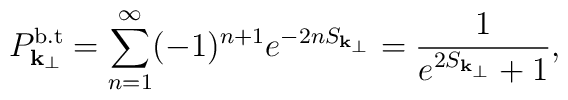
P^{\rm b.t}_{{\bf k}_{\perp}} = \sum_{n = 1}^{\infty} (-1)^{n+1}e^{- 2n S_{{\bf k}_{\perp}}} = \frac{1}{ e^{2S_{{\bf k}_{\perp}}}+ 1},